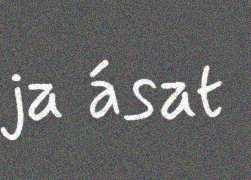
ja ásat